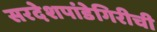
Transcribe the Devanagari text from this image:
सरदेशपांडेगिरीची